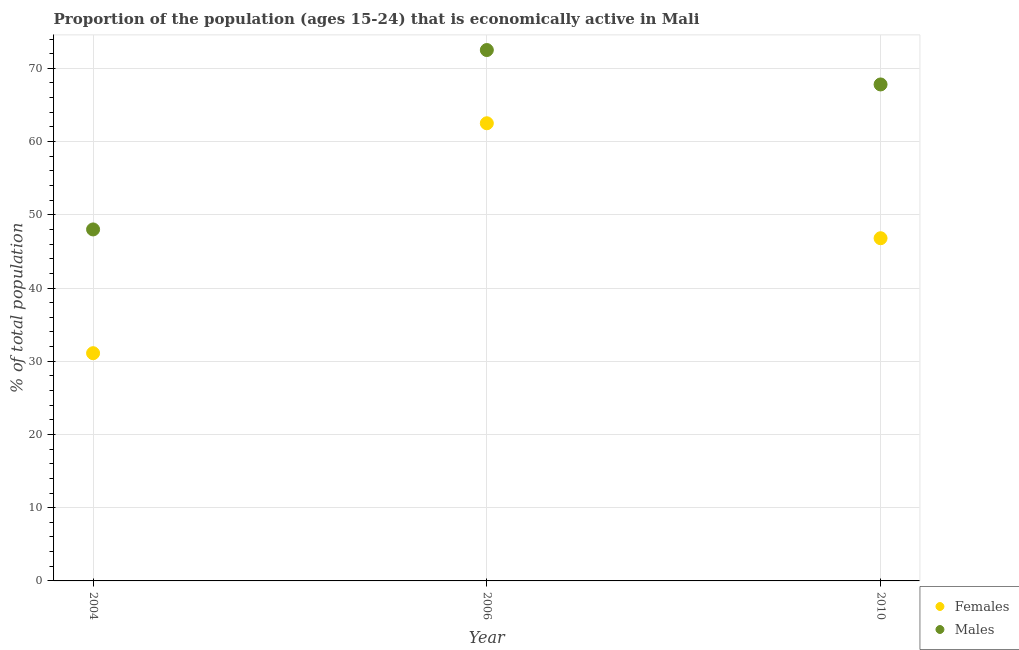
| Year | Females | Males |
 | --- | --- | --- |
 | 2004 | 31.1 | 48 |
 | 2006 | 62.5 | 72.5 |
 | 2010 | 46.8 | 67.8 |